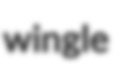
wingle